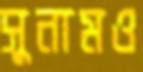
সুনামও